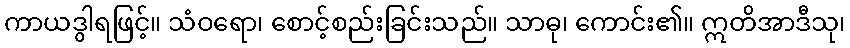
ကာယဒွါရဖြင့်။ သံဝရော၊ စောင့်စည်းခြင်းသည်။ သာဓု၊ ကောင်း၏။ ဣတိအာဒီသု၊